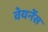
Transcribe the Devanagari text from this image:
वेयर्नेस